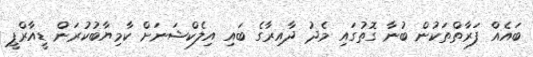
ބައެއް ފަރާތްތަކުން ބުނާ ގޮތުގައި މެދު ދާއިރާގެ ބައި އިލެކްޝަނަށް ކާމިޔާބުކުރަން ޑީއާރްޕީ